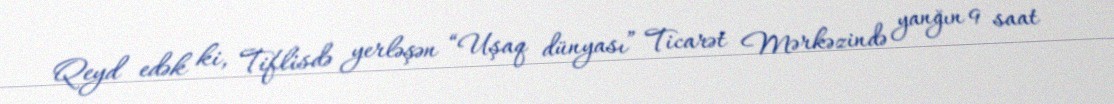
Qeyd edək ki, Tiflisdə yerləşən “Uşaq dünyası” Ticarət Mərkəzində yanğın 9 saat